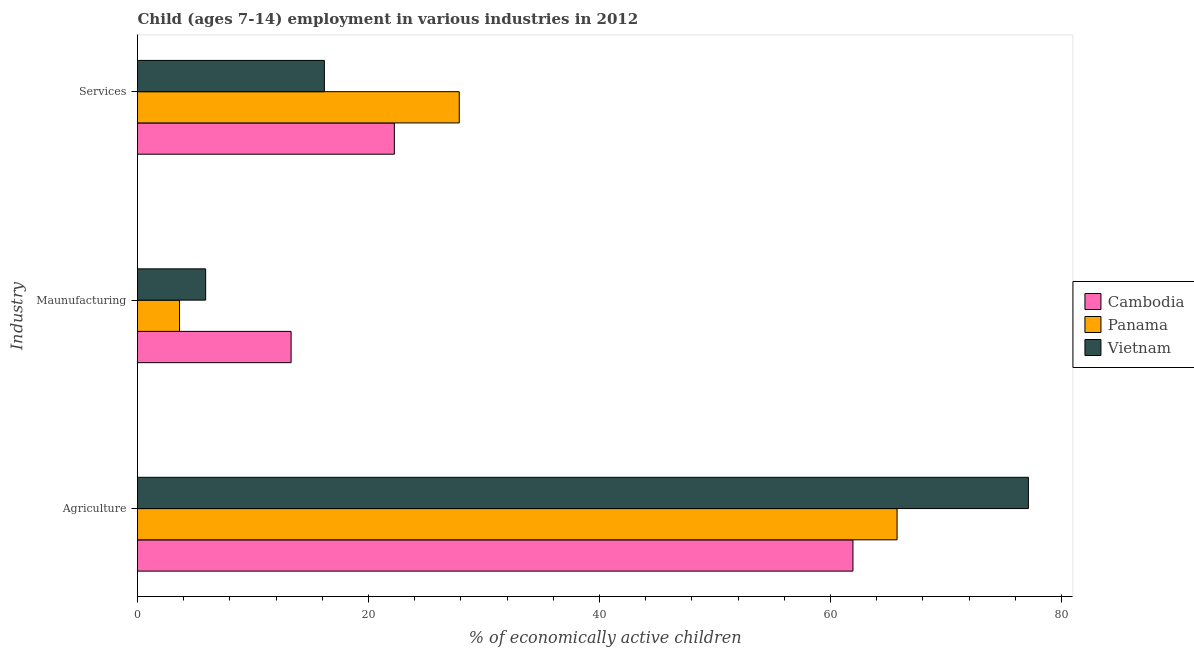
| Industry | Cambodia | Panama | Vietnam |
 | --- | --- | --- | --- |
 | Agriculture | 62 | 65.8 | 77.1 |
 | Maunufacturing | 13.3 | 3.64 | 5.9 |
 | Services | 22.2 | 27.9 | 16.2 |